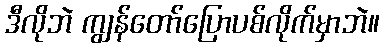
ဒီလိုဘဲ ကျွန်တော်ပြောပစ်လိုက်မှာဘဲ။